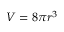
V = 8 \pi r ^ { 3 }